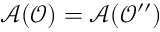
\mathcal { A } ( \mathcal { O } ) = \mathcal { A } ( \mathcal { O } ^ { \prime \prime } )